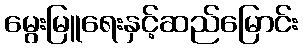
မွေးမြူရေးနှင့်ဆည်မြောင်း